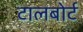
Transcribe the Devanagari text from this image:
टालबोर्ट